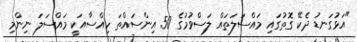
"އަޅުގަނޑު ދެކޭ ގޮތުގައި މައްސަލަތައް ލަސްވުމުގެ 50 އިންސައްތަ ހިއްސާއަކީ މައްސަލަ ނިންމި